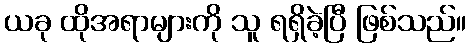
ယခု ထိုအရာများကို သူ ရရှိခဲ့ပြီ ဖြစ်သည်။